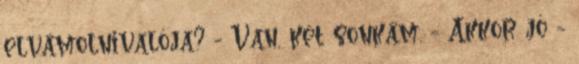
elvámolnivalója? - Van, két sonkám. - Akkor jó -